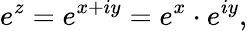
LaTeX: e^{z}=e^{x+iy}=e^{x}\cdot e^{iy},